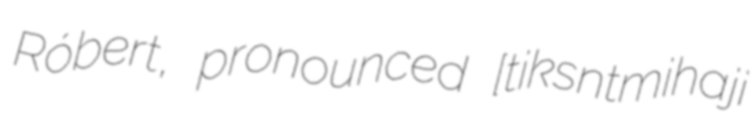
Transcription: Róbert, pronounced [ˈt͡ʃiːksɛntmihaːji